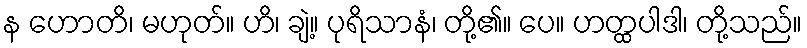
န ဟောတိ၊ မဟုတ်။ ဟိ၊ ချဲ့။ ပုရိသာနံ၊ တို့၏။ ပေ။ ဟတ္ထပါဒါ၊ တို့သည်။